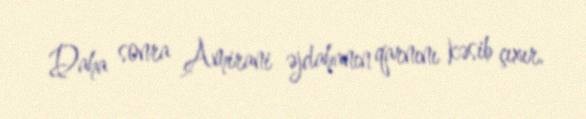
Daha sonra Amirani əjdahanın qarnını kəsib çıxır.